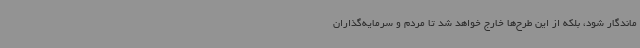
ماندگار شود، بلکه از این طرح‌ها خارج خواهد شد تا مردم و سرمایه‌گذاران